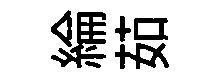
綸茹